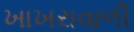
ખાખરાવાળી